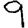
Digit: 9